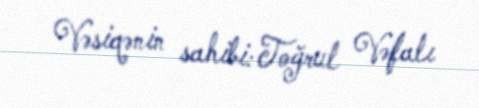
Vəsiqənin sahibi: Toğrul Vəfalı